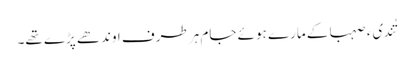
تُندیء صہبا کے مارے ہوئے جام ہر طرف اوندھے پڑے تھے۔